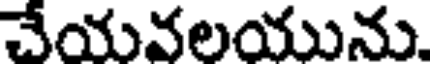
చేయవలయును.